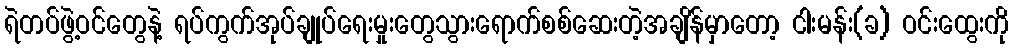
ရဲတပ်ဖွဲ့ဝင်တွေနဲ့ ရပ်ကွက်အုပ်ချုပ်ရေးမှုးတွေသွားရောက်စစ်ဆေးတဲ့အချိန်မှာတော့ ငါးမန်း(ခ) ဝင်းထွေးကို